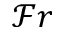
\mathcal { F } r